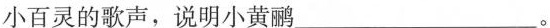
小百灵的歌声，说明小黄鹂___。